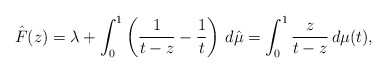
\begin{align*}\hat F(z) = \lambda + \int_0^1 \left(\frac{1}{t-z}-\frac1t \right)\,d\hat\mu = \int_0^1 \frac{z}{t-z}\,d\mu(t),\end{align*}